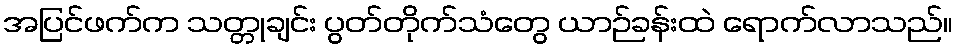
အပြင်ဖက်က သတ္တုချင်း ပွတ်တိုက်သံတွေ ယာဉ်ခန်းထဲ ရောက်လာသည်။